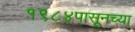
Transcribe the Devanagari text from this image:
१९८४पासूनच्या